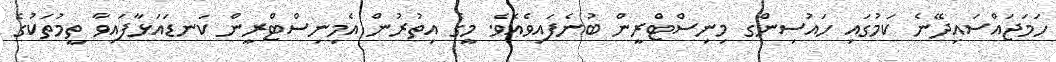
ހަމަޖައްސައިދޭނެ ކަމުގައި ހައުސިންގ މިނިސްޓްރީން ބުނެފައިވެއެވެ. މީގެ އިތުރުން އެމިނިސްޓްރީން ކަނޑައަޅާފައިވާ ތީމުތަކުގެ